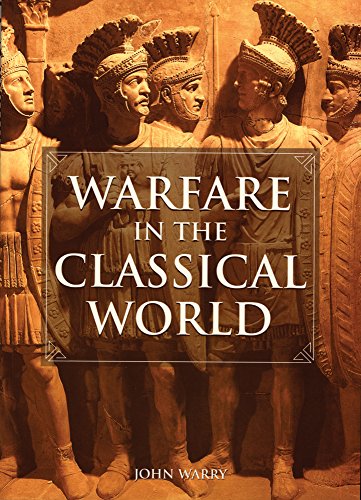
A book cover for Warfare in the Classical World: An Illustrated Encyclopedia of Weapons, Warriors and Warfare in the Ancient Civilizations of Greece and Rome; John Warry; Reference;